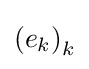
\left(e_{k}\right)_{k}